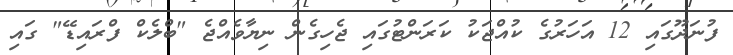
ފުނަދޫގައި 12 އަހަރުގެ ކުއްޖަކު ކަރަންޓުގައި ޖެހިގެން ނިޔާވެއްޖެ "ބްލެކް ފްރައިޑޭ" ގައި